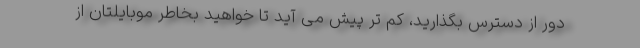
دور از دسترس بگذارید، کم تر پیش می آید تا خواهید بخاطر موبایلتان از